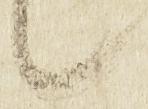
候